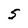
Character: 5